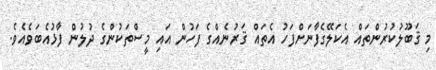
މި ޤަބޫލުކުރުންތައް އެކަލޭގެފާނަށްފަހު އެތައް ޤަރުނެއްގެ ފަހުން އައި މީސްތަކުންގެ ދުލުން ފާޅުއެބަވެއެވެ.